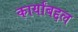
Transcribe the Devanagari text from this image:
कार्यांबद्दल